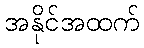
အနိုင်အထက်